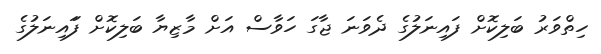
ހިތްވަރު ބަލިކޮށް ފައިނަލުގެ ދެވަނަ ޖާގަ ހަވާސް އަށް މާޒިޔާ ބަލިކޮށް ފަައިނަލުގެ